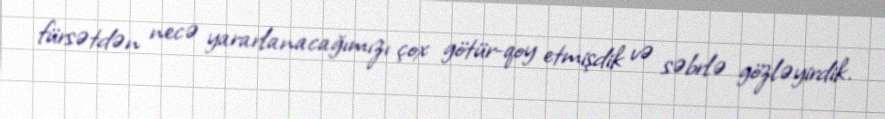
fürsətdən necə yararlanacağımızı çox götür-qoy etmişdik və səbrlə gözləyirdik.